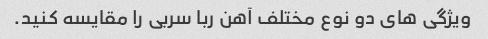
ویژگی های دو نوع مختلف آهن ربا سربی را مقایسه کنید.